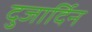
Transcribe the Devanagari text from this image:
दुजार्दिन